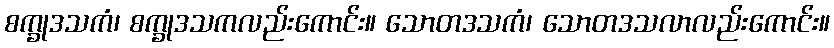
စက္ခုဒသကံ၊ စက္ခုဒသကလည်းကောင်း။ သောတဒသကံ၊ သောတဒသလာလည်းကောင်း။